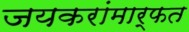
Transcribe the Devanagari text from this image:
जयकरांमार्फत